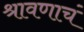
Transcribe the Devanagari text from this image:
श्रावणाचं